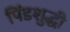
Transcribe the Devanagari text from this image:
पिंडशुद्धी